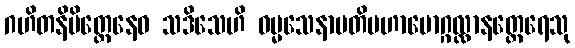
ဂဟိတနိမိတ္တေနေဝ သဒိသေဟိ ဓမ္မသေနာပတိမဟာမောဂ္ဂလ္လာနတ္ထေရေသု